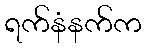
ရက်နံနက်က